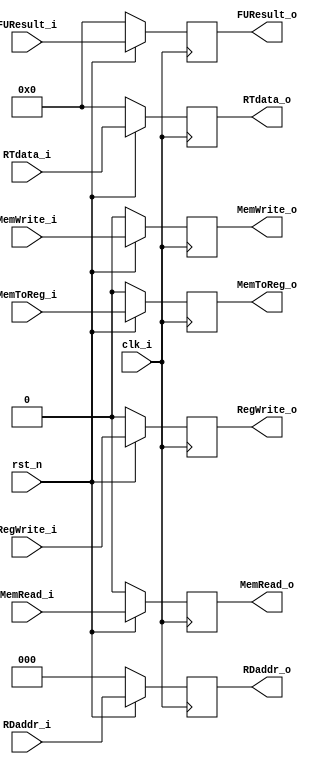
module Pipe_EXMEM(clk_i, rst_n,
                 RegWrite_i, MemToReg_i, MemWrite_i, MemRead_i,
                 FUResult_i, RTdata_i, RDaddr_i,
                 RegWrite_o, MemToReg_o, MemWrite_o, MemRead_o,
                 FUResult_o, RTdata_o, RDaddr_o);
input clk_i;
input rst_n;              
input RegWrite_i;
input MemToReg_i;
input MemWrite_i;
input MemRead_i;
input [15:0] FUResult_i, RTdata_i;
input [2:0] RDaddr_i;

output reg RegWrite_o;
output reg MemToReg_o;
output reg MemWrite_o;
output reg MemRead_o;
output reg [15:0] FUResult_o, RTdata_o;
output reg [2:0] RDaddr_o;

always@(posedge clk_i)
    if(~rst_n) begin
        RegWrite_o <= 0;
        MemToReg_o <= 0;
        MemWrite_o <= 0;
        MemRead_o <= 0;
        FUResult_o <= 0;
        RTdata_o <= 0;
        RDaddr_o <= 0;
     end
     else begin
        RegWrite_o <= RegWrite_i;
        MemToReg_o <= MemToReg_i;
        MemWrite_o <= MemWrite_i;
        MemRead_o <= MemRead_i;
        FUResult_o <= FUResult_i;
        RTdata_o <= RTdata_i;
        RDaddr_o <= RDaddr_i;
    end
            
endmodule